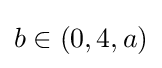
b\in (0,4,a)